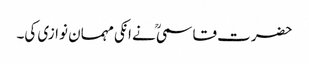
حضرت قاسمیؒ نے انکی مہمان نوازی کی۔